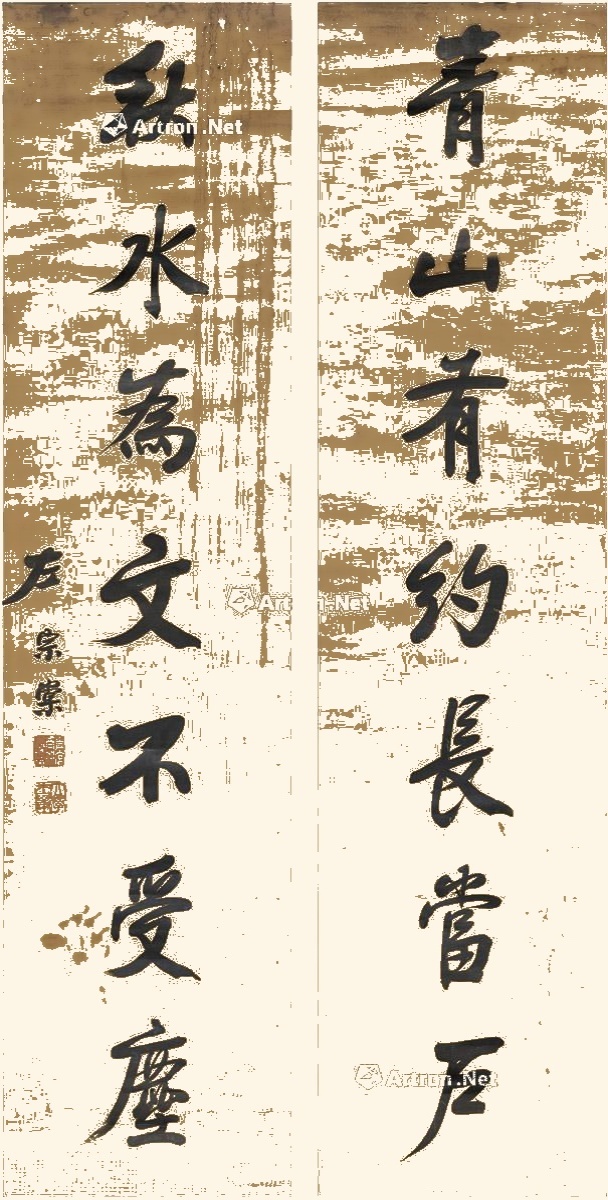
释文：青山有约长当户，秋水为文不受尘。左宗棠。